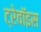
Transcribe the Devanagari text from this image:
ट्रेवॉइस